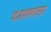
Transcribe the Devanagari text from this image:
दडपणाला